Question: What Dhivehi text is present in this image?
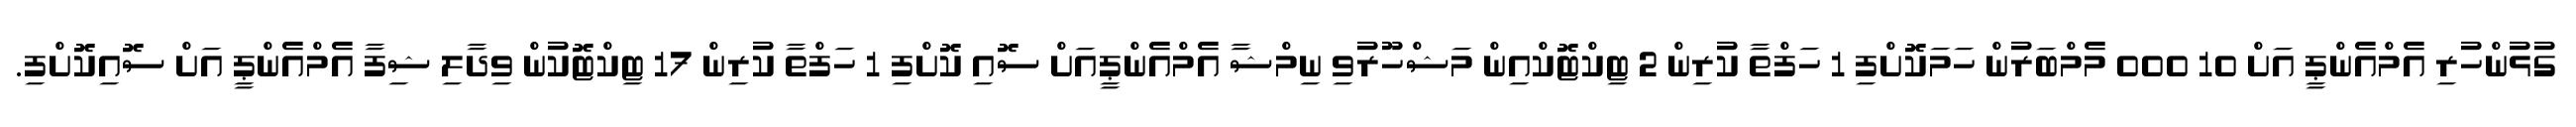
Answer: ގުޅުންހުރި އެމްއެންޕީ އަށް 10 000 މެމްބަރުން ހަމަކޮށްފި 1 ހަފްތާ ކުރިން 2 ޓިކްޓޮކްއިން މަޝްހޫރުވި ނިމްޝާ އެމްއެންޕީއަށް ސޮއި ކޮށްފި 1 ހަފްތާ ކުރިން 17 ޓިކްޓޮކުން ވިދާލި ޝިފާ އެމްއެންޕީ އަށް ސޮއިކޮށްފި.